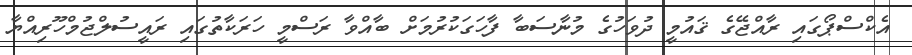
އެކްސްޕޯގައި ރާއްޖޭގެ ޤައުމީ ދުވަހުގެ މުނާސަބާ ފާހަގަކުރުމަށް ބާއްވާ ރަސްމީ ހަރަކާތުގައި ރައީސުލްޖުމްހޫރިއްޔާ